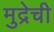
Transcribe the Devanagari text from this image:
मुद्रेची